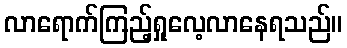
လာရောက်ကြည့်ရှုလေ့လာနေရသည်။